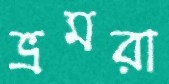
ভ্রমরা